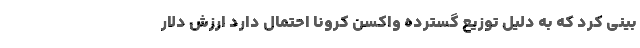
بینی کرد که به دلیل توزیع گسترده واکسن کرونا احتمال دارد ارزش دلار